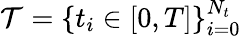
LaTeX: \mathcal{T}=\{ t_{i}\in[0,T]\} _{i=0}^{N_{t}}